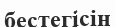
бестегісін